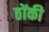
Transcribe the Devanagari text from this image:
ठोंकी